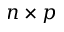
n \times p